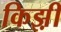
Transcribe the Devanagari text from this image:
किझ़ी